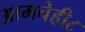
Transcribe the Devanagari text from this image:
आमचेही८